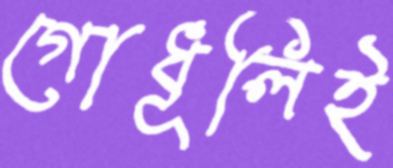
গোধূলিই